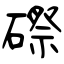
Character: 磜